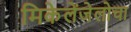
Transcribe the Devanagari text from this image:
मिकेलेंजेलोचा